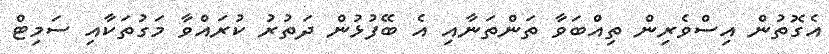
އެގޮތުން އިސްވެރިން ތިއްބަވާ ތަންތަނާއި އެ ބޭފުޅުން ދަތުރު ކުރައްވާ މަގުތަކާއި ސަމިޓް